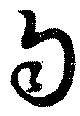
匀